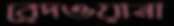
রেদওয়ানা